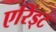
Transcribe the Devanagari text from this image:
एरिंड्ट